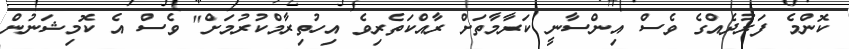
ކޮންމެ ފަރުދެއްގެ ވެސް އިންސާނީ ކަރާމާތަށް ރާއްކަތެރިވެ އިހުތިރާމްކުރުމަށް" ވެސް އެ ކޮމިޝަނުން